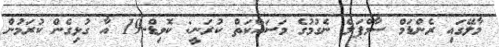
މާލޭގައި ރެންޑަމް ސާމްޕަލް ނެގުމުގެ މަސައްކަތް ކުރަނީ: ކޮވިޑް-19 އާ ގުޅިގެން ކުރަމުން